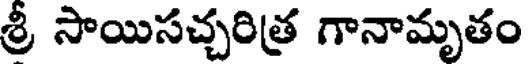
శ్రీ సాయిసచ్చరిత్ర గానామృతం